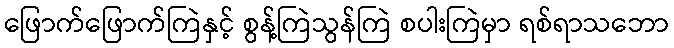
ဖြောက်ဖြောက်ကြဲနှင့် စွန့်ကြဲသွန်ကြဲ စပါးကြဲမှာ ရစ်ရာသဘော